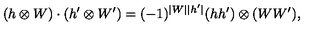
( h \otimes W ) \cdot ( h ^ { \prime } \otimes W ^ { \prime } ) = ( - 1 ) ^ { \vert W \vert \vert h ^ { \prime } \vert } ( h h ^ { \prime } ) \otimes ( W W ^ { \prime } ) ,